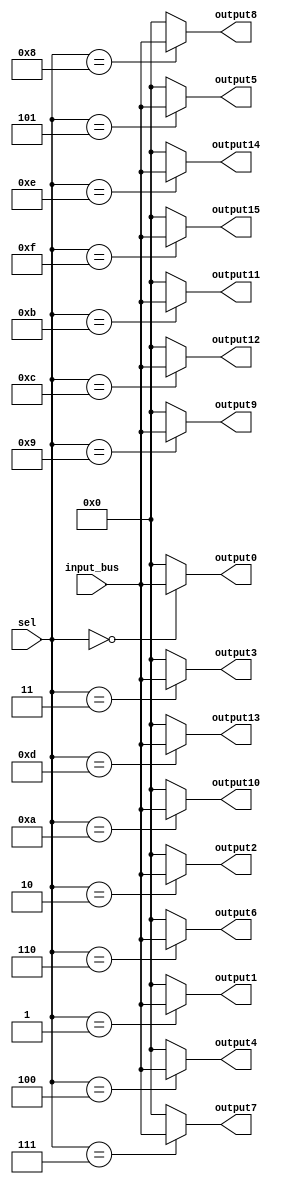
//
// Verilog Module mopshub_lib.demux1_Nbit
//
// Created:
//          by - dcs.dcs (chipdev2.physik.uni-wuppertal.de)
//          at - 20:40:24 06/06/21
//
// using Mentor Graphics HDL Designer(TM) 2019.4 (Build 4)
//

`resetall
`timescale 1ns/10ps
module demux1_16_16bit( 
  input    wire  [4 : 0]            sel,
  input    wire  [15 : 0]           input_bus,  
  output   wire  [15 : 0]            output0, 
  output   wire  [15 : 0]            output1, 
  output   wire  [15 : 0]            output2, 
  output   wire  [15 : 0]            output3,   
  output   wire  [15 : 0]            output4, 
  output   wire  [15 : 0]            output5, 
  output   wire  [15 : 0]            output6, 
  output   wire  [15 : 0]            output7, 
  output   wire  [15 : 0]            output8,
  output   wire  [15 : 0]            output9,    
  output   wire  [15 : 0]            output10, 
  output   wire  [15 : 0]            output11, 
  output   wire  [15 : 0]            output12, 
  output   wire  [15 : 0]            output13, 
  output   wire  [15 : 0]            output14, 
  output   wire  [15 : 0]            output15 
  );
  reg [15 : 0] def_value ;
  initial def_value = 16'b0;
  reg  [15 : 0]  output0_reg  = 16'b0;  
  reg  [15 : 0]  output1_reg  = 16'b0;  
  reg  [15 : 0]  output2_reg  = 16'b0;  
  reg  [15 : 0]  output3_reg  = 16'b0;  
  reg  [15 : 0]  output4_reg  = 16'b0;  
  reg  [15 : 0]  output5_reg  = 16'b0;  
  reg  [15 : 0]  output6_reg  = 16'b0;  
  reg  [15 : 0]  output7_reg  = 16'b0;  
  reg  [15 : 0]  output8_reg  = 16'b0;
  reg  [15 : 0]  output9_reg  = 16'b0;    
  reg  [15 : 0]  output10_reg = 16'b0;  
  reg  [15 : 0]  output11_reg = 16'b0;  
  reg  [15 : 0]  output12_reg = 16'b0;  
  reg  [15 : 0]  output13_reg = 16'b0;  
  reg  [15 : 0]  output14_reg = 16'b0;  
  reg  [15 : 0]  output15_reg = 16'b0;  
 

 
   
 assign  output0=output0_reg; 
 assign  output1=output1_reg; 
 assign  output2=output2_reg; 
 assign  output3=output3_reg; 
 assign  output4=output4_reg; 
 assign  output5=output5_reg; 
 assign  output6=output6_reg; 
 assign  output7=output7_reg; 
 assign  output8=output8_reg; 
 assign  output9=output9_reg; 
 assign  output10=output10_reg; 
 assign  output11=output11_reg; 
 assign  output12=output12_reg; 
 assign  output13=output13_reg; 
 assign  output14=output14_reg; 
 assign  output15=output15_reg; 



  
  always @(*)
  begin  
   output0_reg  = def_value; 
   output1_reg  = def_value; 
   output2_reg  = def_value; 
   output3_reg  = def_value; 
   output4_reg  = def_value; 
   output5_reg  = def_value; 
   output6_reg  = def_value; 
   output7_reg  = def_value; 
   output8_reg  = def_value; 
   output9_reg  = def_value; 
   output10_reg = def_value; 
   output11_reg = def_value; 
   output12_reg = def_value; 
   output13_reg = def_value; 
   output14_reg = def_value; 
   output15_reg = def_value; 


  
   case (sel)
      5'h0  : output0_reg   = input_bus;
      5'h1  : output1_reg   = input_bus;
      5'h2  : output2_reg   = input_bus;
      5'h3  : output3_reg   = input_bus;
      5'h4  : output4_reg   = input_bus;
      5'h5  : output5_reg   = input_bus;
      5'h6  : output6_reg   = input_bus;
      5'h7  : output7_reg   = input_bus;
      5'h8  : output8_reg   = input_bus;
      5'h9  : output9_reg   = input_bus;
      5'hA  : output10_reg  = input_bus;
      5'hB  : output11_reg  = input_bus;
      5'hC  : output12_reg  = input_bus;
      5'hD  : output13_reg  = input_bus;
      5'hE  : output14_reg  = input_bus;
      5'hF  : output15_reg  = input_bus;   
      default:  
      begin 
       output0_reg  = def_value; 
       output1_reg  = def_value; 
       output2_reg  = def_value; 
       output3_reg  = def_value; 
       output4_reg  = def_value; 
       output5_reg  = def_value; 
       output6_reg  = def_value; 
       output7_reg  = def_value; 
       output8_reg  = def_value;
       output9_reg  = def_value;         
       output10_reg = def_value; 
       output11_reg = def_value; 
       output12_reg = def_value; 
       output13_reg = def_value; 
       output14_reg = def_value; 
       output15_reg = def_value;
      end
    endcase
  end
  
endmodule